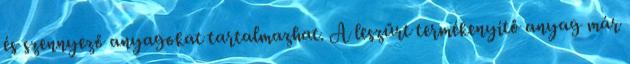
és szennyező anyagokat tartalmazhat. A leszűrt termékenyítő anyag már